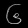
Digit: ၆